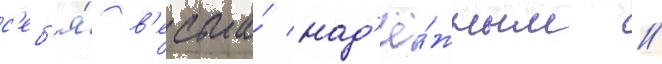
с'еб'я́ в'есьма́ над'ё́жным /